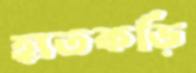
হাতকড়ি